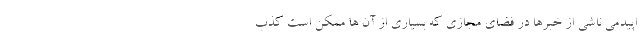
اپیدمی ناشی از خبرها در فضای مجازی که بسیاری از آن ها ممکن است کذب